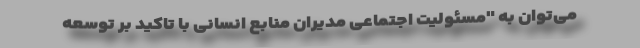
می‌توان به "مسئولیت اجتماعی مدیران منابع انسانی با تاکید بر توسعه